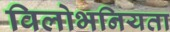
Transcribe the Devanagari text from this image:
विलोभनियता